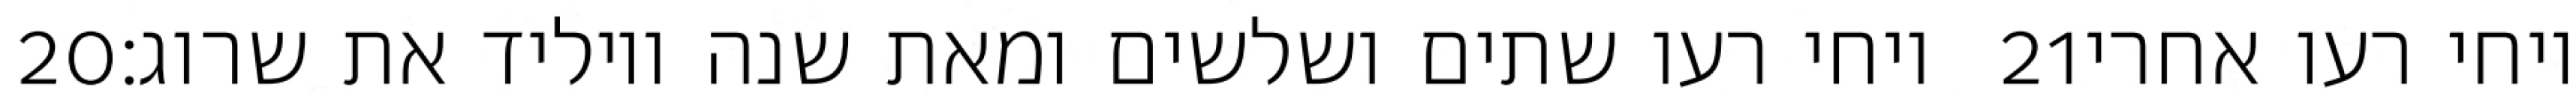
‎20‏ ויחי רעו שתים ושלשים ומאת שנה ויוליד את שרוג׃ ‎21‏ ויחי רעו אחרי